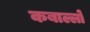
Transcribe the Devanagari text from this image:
कबाल्लो